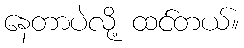
နေတာပဲလို့ ထင်တယ်။